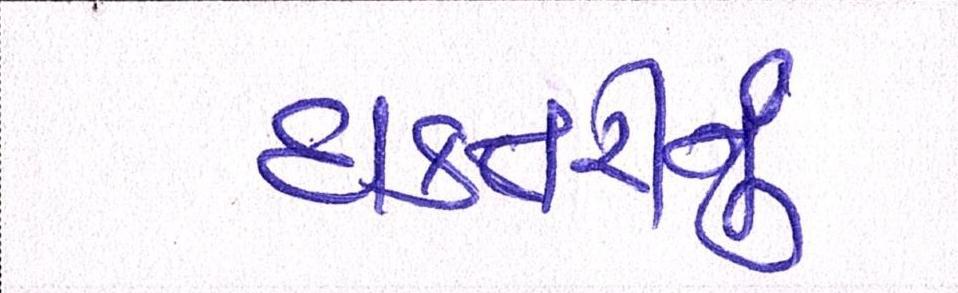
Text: દાક્તરીનું